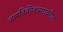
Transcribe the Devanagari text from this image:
जागतिकीकरणावरील